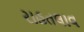
રાહતલાવ